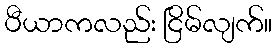
ပီယာကလည်း ငြိမ်လျက်။